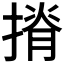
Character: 𢱣